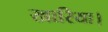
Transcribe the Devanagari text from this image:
खारिया।